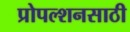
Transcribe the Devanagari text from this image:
प्रोपल्शनसाठी